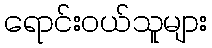
ရောင်းဝယ်သူများ